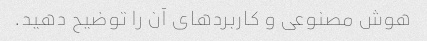
هوش مصنوعی و کاربردهای آن را توضیح دهید.